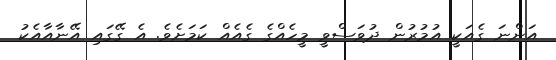
އަންނަ ގެއަކީ އުމުރުން ދުވަސްވީ މީހެއްގެ ގެއެއް ކަމަށެވެ. އެ ގޭގައި އޭނާއާއެކު